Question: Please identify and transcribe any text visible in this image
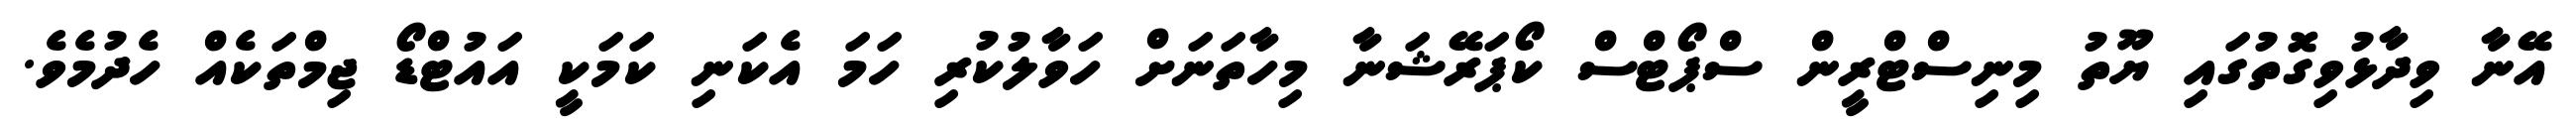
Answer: އޭނާ ވިދާޅުވިގޮތުގައި ޔޫތު މިނިސްޓްރީން ސްޕޯޓްސް ކޯޕަރޭޝަނާ މިހާތަނަށް ހަވާލުކުރި ހަމަ އެކަނި ކަމަކީ އައުޓްޑޯ ޖިމްތަކެއް ހެދުމެވެ.